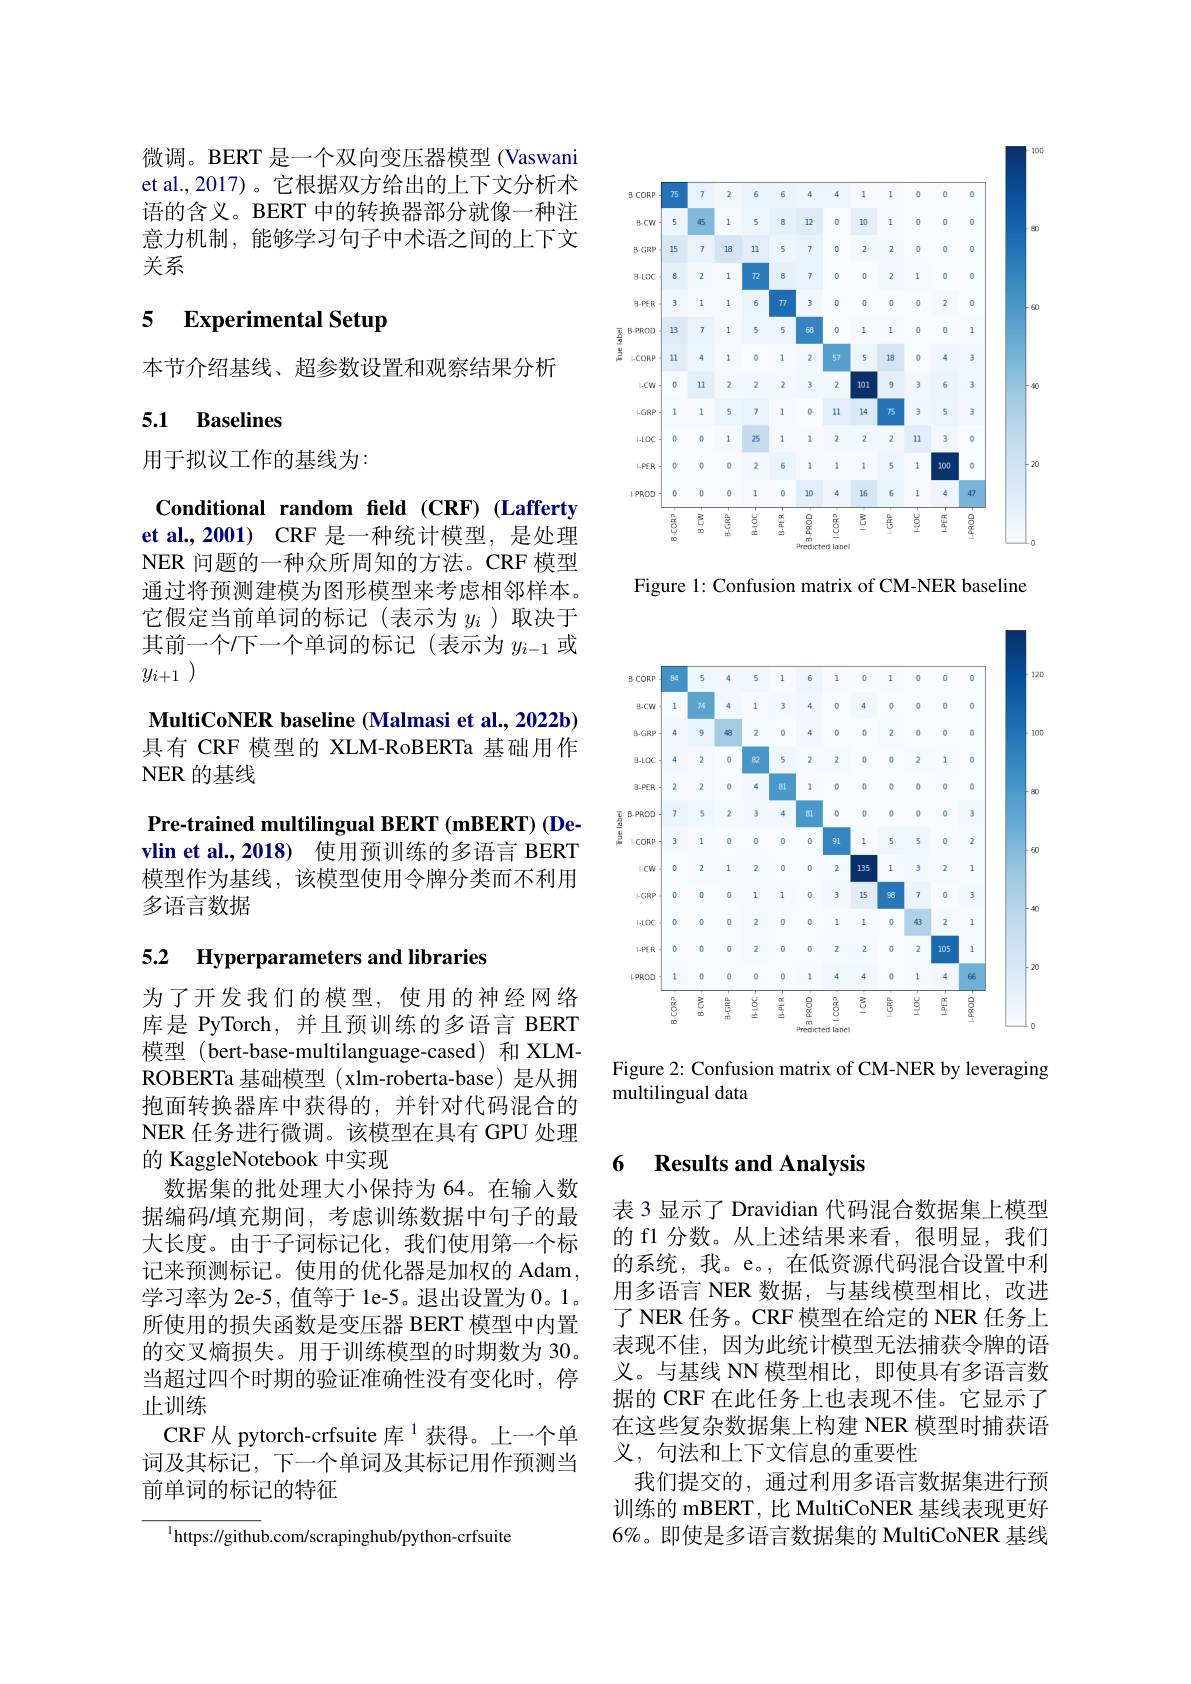
100

<FigureHere>

Figure 1: Confusion matrix of CM-NER baseline

微调。BERT 是一个双向变压器模型 (Vaswani et al.,2017)。它根据双方给出的上下文分析术语的含义。BERT 中的转换器部分就像一种注意力机制，能够学习句子中术语之间的上下文关系

### 5 $\textbf{Experimental Setup}$

本节介绍基线、超参数设置和观察结果分析

### 5.1 Baselines

用于拟议工作的基线为：

Conditional random field (CRF) (Lafferty et al., 2001) CRF 是一种统计模型，是处理NER 问题的一种众所周知的方法。CRF 模型通过将预测建模为图形模型来考虑相邻样本。它假定当前单词的标记(表示为$y_i$)取决于其前一个/下一个单词的标记(表示为$y_i-1$或$y_{i+ 1}$ )

MultiCoNER baseline (Malmasi et al., 2022b) 具有 CRF 模型的 XLM-RoBERTa 基础用作NER 的基线
Pre-trained multilingual BERT (mBERT) (Devlin et al.,2018) 使用预训练的多语言 BERT 模型作为基线，该模型使用令牌分类而不利用多语言数据

5.2 Hyperparameters and libraries

为了开发我们的模型，使用的神经网络库是 PyTorch, 并且预训练的多语言 BERT 模型 (bert-base-multilanguage-cased) 和 XLMROBERTa 基础模型 (xlm-roberta-base) 是从拥抱面转换器库中获得的，并针对代码混合的NER 任务进行微调。该模型在具有 GPU 处理的 KaggleNotebook 中实现
数据集的批处理大小保持为 64。在输入数据编码/填充期间，考虑训练数据中句子的最大长度。由于子词标记化，我们使用第一个标记来预测标记。使用的优化器是加权的 Adam , 学习率为 2e-5, 值等于 1e-5。退出设置为 0。1。所使用的损失函数是变压器 BERT 模型中内置的交叉熵损失。用于训练模型的时期数为 30。当超过四个时期的验证准确性没有变化时，停止训练
CRF 从 pytorch-crfsuite 库$^{1}$获得。上一个单词及其标记，下一个单词及其标记用作预测当前单词的标记的特征

$^{1}$https://github.com/scrapinghub/python-crfsuite

<FigureHere>

Figure 2: Confusion matrix of CM-NER by leveraging
multilingual data

### 6 $\textbf{Results and Analvsis}$

表 3 显示了 Dravidian 代码混合数据集上模型的 f1 分数。从上述结果来看，很明显，我们的系统，我。e。,在低资源代码混合设置中利用多语言 NER 数据，与基线模型相比，改进了 NER 任务。CRF 模型在给定的 NER 任务上表现不佳，因为此统计模型无法捕获令牌的语义。与基线 NN 模型相比，即使具有多语言数据的 CRF 在此任务上也表现不佳。它显示了在这些复杂数据集上构建 NER 模型时捕获语义，句法和上下文信息的重要性
我们提交的，通过利用多语言数据集进行预训练的 mBERT, 比 MultiCoNER 基线表现更好6%。即使是多语言数据集的 MultiCoNER 基线